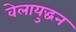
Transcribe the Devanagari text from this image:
वेलायुद्धन